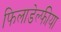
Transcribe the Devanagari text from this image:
फिलाडेल्फीया